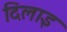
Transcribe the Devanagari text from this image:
दिलाइ